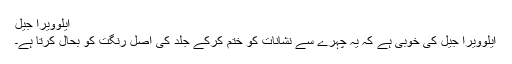
ایلوویرا جیل
ایلوویرا جیل کی خوبی ہے کہ یہ چہرے سے نشانات کو ختم کرکے جلد کی اصل رنگت کو بحال کرتا ہے۔